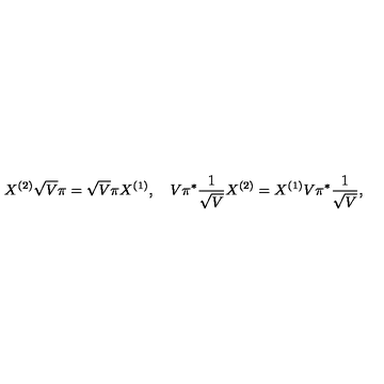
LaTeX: X ^ { ( 2 ) } \sqrt { V } \pi = \sqrt { V } \pi X ^ { ( 1 ) } , \quad V \pi ^ { * } \frac { 1 } { \sqrt { V } } X ^ { ( 2 ) } = X ^ { ( 1 ) } V \pi ^ { * } \frac { 1 } { \sqrt { V } } ,